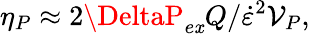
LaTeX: \eta_{P}\approx2\DeltaP_{e\mathit{x}}Q/\dot{{\varepsilon}}^{2}\mathcal{{V}}_{P},